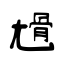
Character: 尳